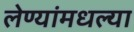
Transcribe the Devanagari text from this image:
लेण्यांमधल्या